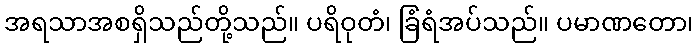
အရသာအစရှိသည်တို့သည်။ ပရိဝုတံ၊ ခြံရံအပ်သည်။ ပမာဏတော၊